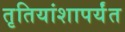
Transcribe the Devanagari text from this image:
तृतियांशापर्यंत